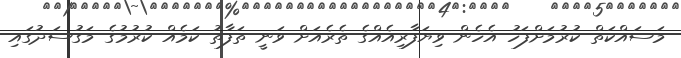
މަސައްކަތް ކުރުމަށްފަހު އެހެން ވިޔަފާރިއެއްގެ ތެރެއަށް ވަނީ ތަފާތު ކަމެއް ކުރުމުގެ މަގުސަދުގައި